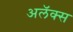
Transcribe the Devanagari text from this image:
अलॅक्स